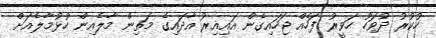
ހުކުރު ދުވަހު ހަވީރު ފަހެއް ޖަހައިގެން އައިއިރު އާދައިގެ މަތިން މާލެއިން ހުޅުމާލެއަށް